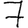
Digit: 7